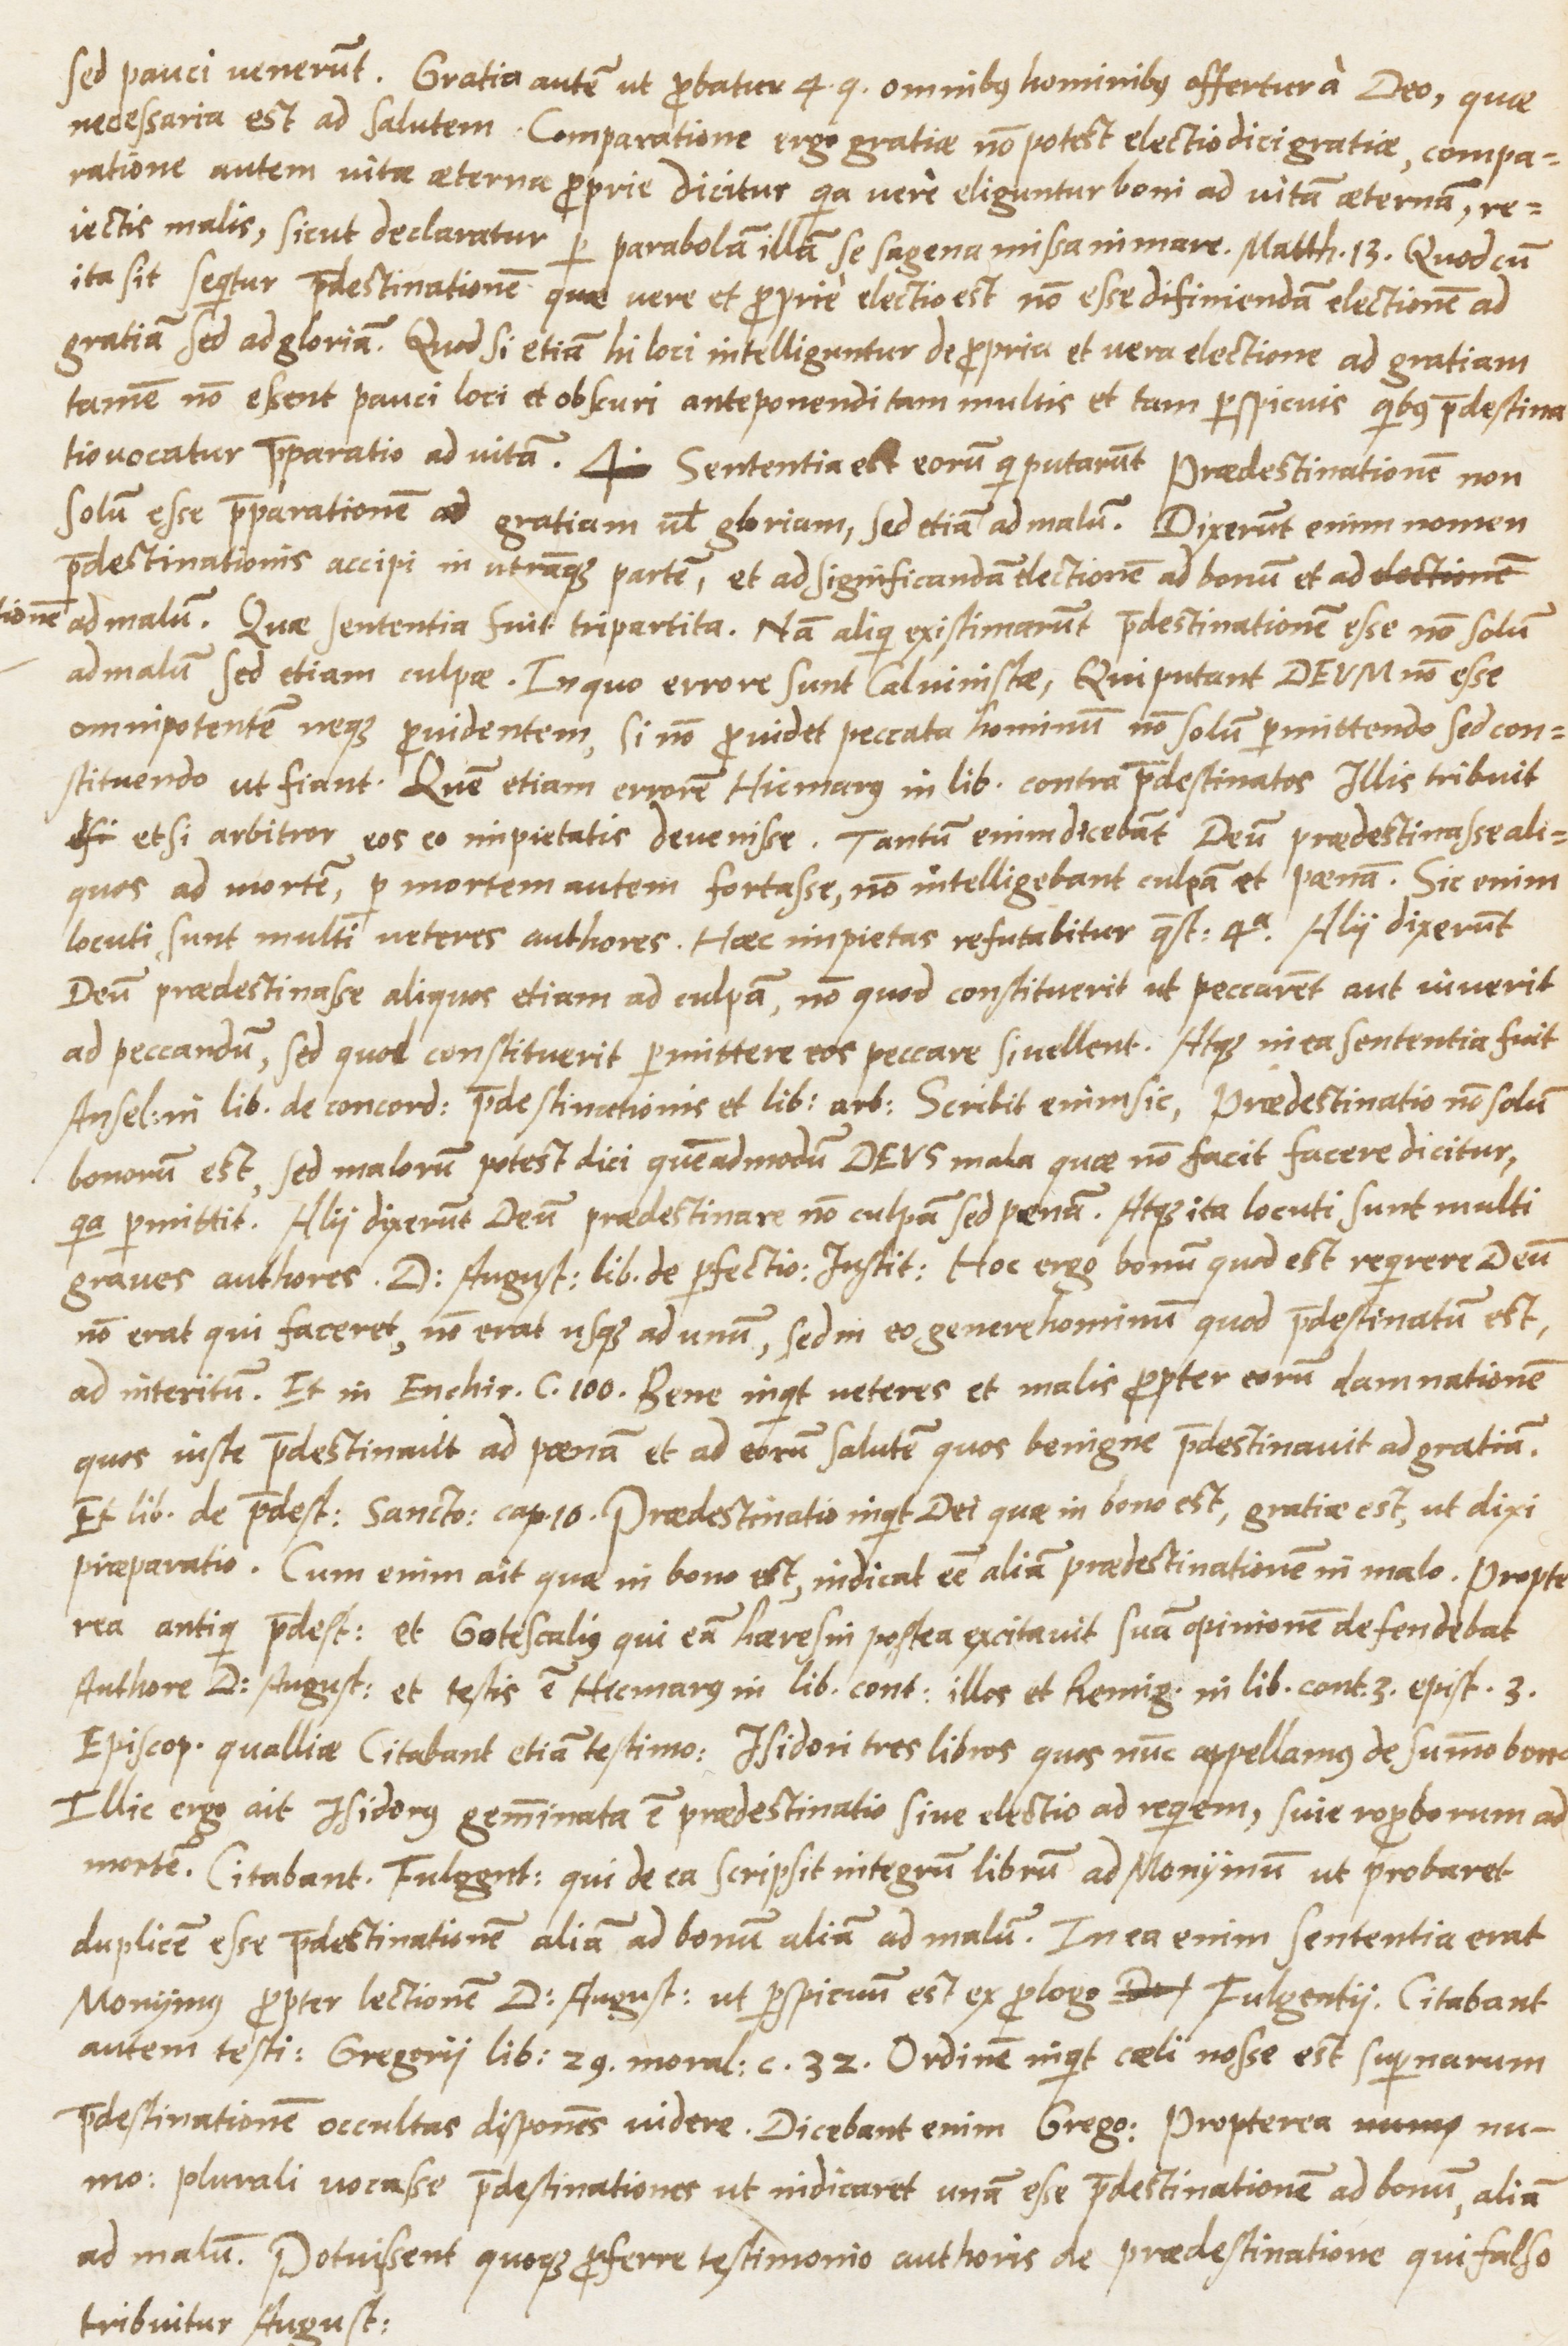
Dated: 1565–1569